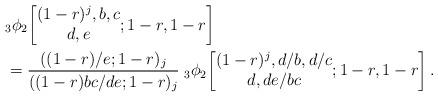
LaTeX: \begin{align*}&{}_3\phi_2\!\left[\begin{matrix}(1-r)^j,b,c\\d,e\end{matrix};1-r,1-r\right]\\&=\frac{((1-r)/e;1-r)_j}{((1-r)bc/de;1-r)_j}\;{}_3\phi_2\!\left[\begin{matrix}(1-r)^j,d/b,d/c\\d,de/bc\end{matrix};1-r,1-r\right].\end{align*}